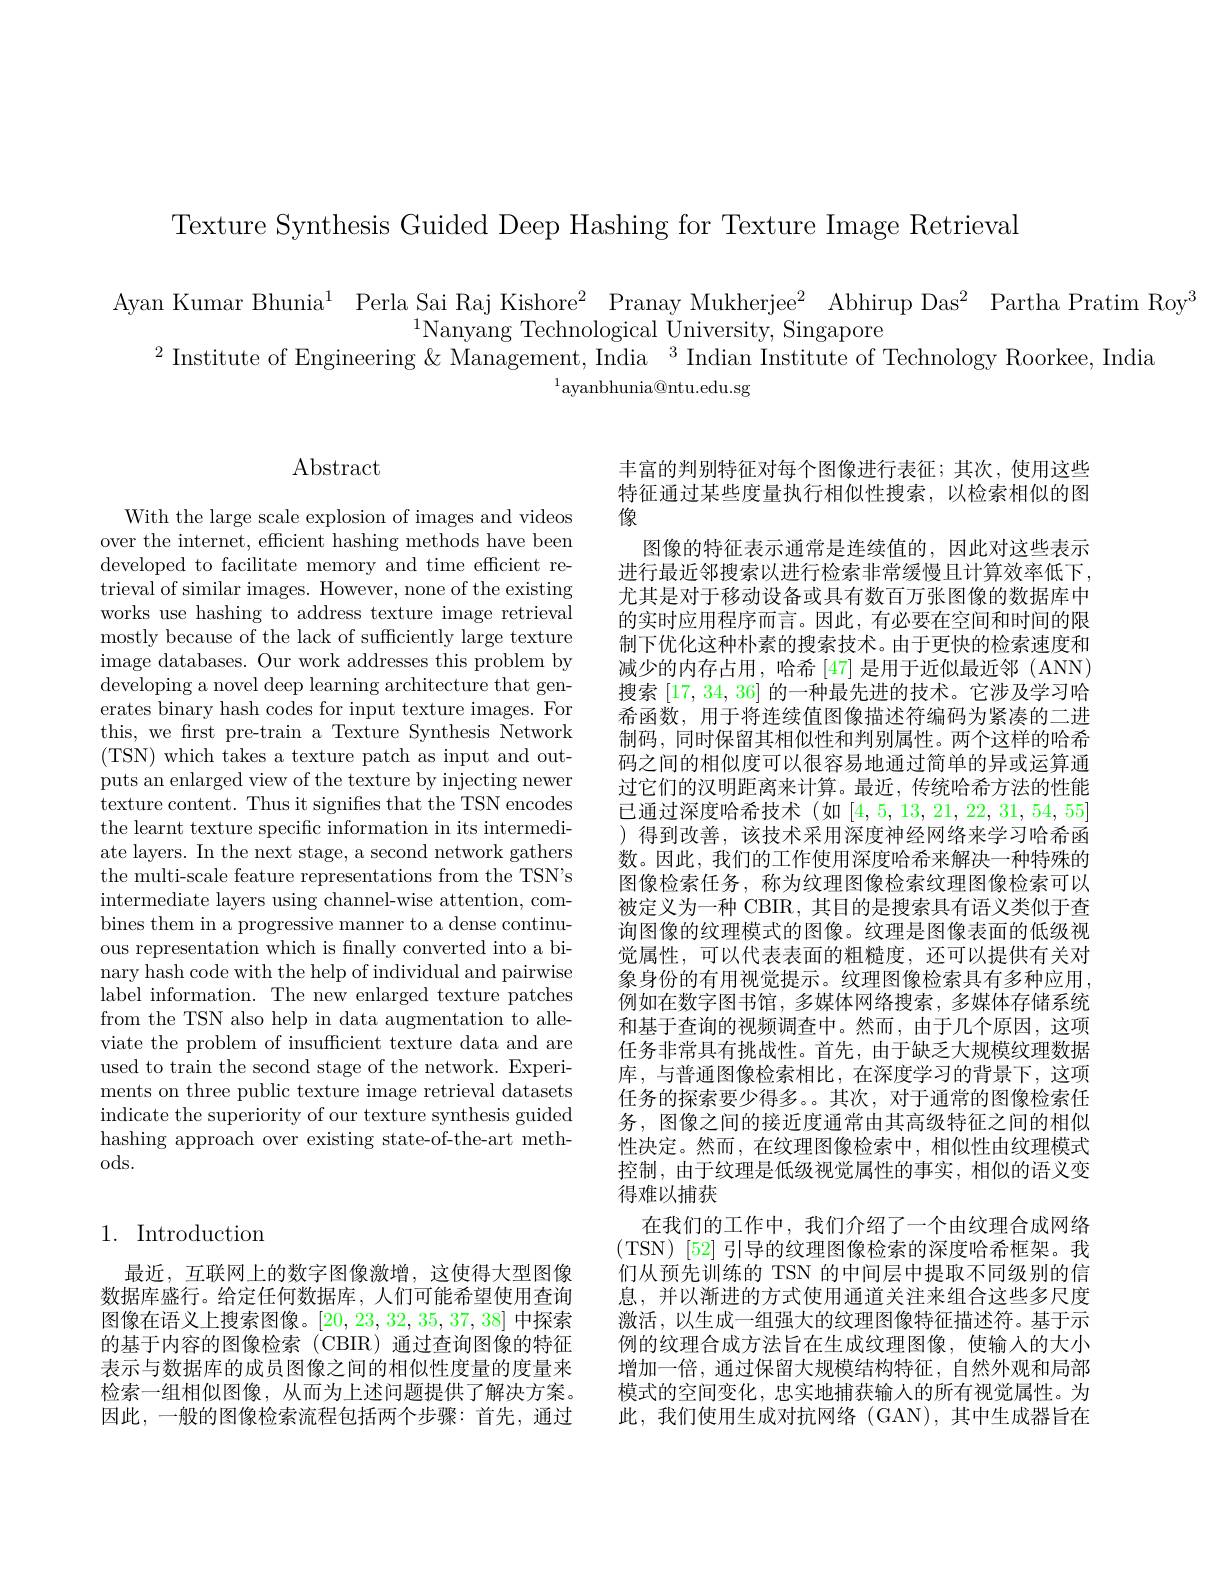
Texture Synthesis Guided Deep Hashing for Texture Image Retrieval

Ayan Kumar Bhunia$^1$ Perla Sai Raj Kishore$^2$ Pranay Mukherjee$^2$ Abhirup Das$^2$ Partha Pratim Roy$^3$
$^{1}$Nanyang Technological University, Singapore
$^{2}$ Institute of Engineering & Management, India $^3$ Indian Institute of Technology Roorkee, India
$^{1}$ayanbhunia@ntu.edu.sg

## $\operatorname{Abstract}$

With the large scale explosion of images and videos over the internet, efficient hashing methods have been developed to facilitate memory and time efficient retrieval of similar images. However, none of the existing works use hashing to address texture image retrieval mostly because of the lack of sufficiently large texture image databases. Our work addresses this problem by developing a novel deep learning architecture that generates binary hash codes for input texture images. For this, we frst pre-train a Texture Synthesis Network ( TSN) which takes a texture patch as input and out- puts an enlarged view of the texture by injecting newer texture content. Thus it signifies that the TSN encodes the learnt texture specific information in its intermediate layers. In the next stage, a second network gathers the multi-scale feature representations from the TSN's intermediate layers using channel-wise attention, combines them in a progressive manner to a dense continuous representation which is finally converted into a binary hash code with the help of individual and pairwise label information. The new enlarged texture patches from the TSN also help in data augmentation to alleviate the problem of insufficient texture data and are used to train the second stage of the network. Experiments on three public texture image retrieval datasets indicate the superiority of our texture synthesis guided hashing approach over existing state-of-the-art methods.

# 1. Introduction

最近，互联网上的数字图像激增，这使得大型图像数据库盛行。给定任何数据库，人们可能希望使用查询图像在语义上搜索图像。[20,23,32,35,37,38]中探索的基于内容的图像检索(CBIR)通过查询图像的特征表示与数据库的成员图像之间的相似性度量的度量来检索一组相似图像，从而为上述问题提供了解决方案。因此，一般的图像检索流程包括两个步骤：首先，通过

丰富的判别特征对每个图像进行表征；其次，使用这些特征通过某些度量执行相似性搜索，以检索相似的图像
图像的特征表示通常是连续值的，因此对这些表示进行最近邻搜索以进行检索非常缓慢且计算效率低下， 尤其是对于移动设备或具有数百万张图像的数据库中的实时应用程序而言。因此，有必要在空间和时间的限制下优化这种朴素的搜索技术。由于更快的检索速度和减少的内存占用，哈希[47]是用于近似最近邻(ANN) 搜索[17,34,36]的一种最先进的技术。它涉及学习哈希函数，用于将连续值图像描述符编码为紧凑的二进制码，同时保留其相似性和判别属性。两个这样的哈希码之间的相似度可以很容易地通过简单的异或运算通过它们的汉明距离来计算。最近，传统哈希方法的性能已通过深度哈希技术(如[4,5,13,21,22,31,54,55] )得到改善，该技术采用深度神经网络来学习哈希函数。因此，我们的工作使用深度哈希来解决一种特殊的图像检索任务，称为纹理图像检索纹理图像检索可以被定义为一种 CBIR, 其目的是搜索具有语义类似于查询图像的纹理模式的图像。纹理是图像表面的低级视觉属性，可以代表表面的粗糙度，还可以提供有关对象身份的有用视觉提示。纹理图像检索具有多种应用， 例如在数字图书馆，多媒体网络搜索，多媒体存储系统和基于查询的视频调查中。然而，由于几个原因，这项任务非常具有挑战性。首先，由于缺乏大规模纹理数据库，与普通图像检索相比，在深度学习的背景下，这项任务的探索要少得多。其次，对于通常的图像检索任务，图像之间的接近度通常由其高级特征之间的相似性决定。然而，在纹理图像检索中，相似性由纹理模式控制，由于纹理是低级视觉属性的事实，相似的语义变得难以捕获
在我们的工作中，我们介绍了一个由纹理合成网络(TSN)[52]引导的纹理图像检索的深度哈希框架。我们从预先训练的 TSN 的中间层中提取不同级别的信息，并以渐进的方式使用通道关注来组合这些多尺度激活，以生成一组强大的纹理图像特征描述符。基于示例的纹理合成方法旨在生成纹理图像，使输入的大小增加一倍，通过保留大规模结构特征，自然外观和局部模式的空间变化，忠实地捕获输入的所有视觉属性。为此，我们使用生成对抗网络(GAN),其中生成器旨在